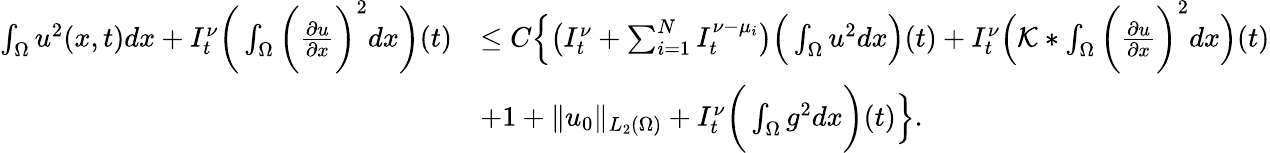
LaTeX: \begin{array}{rl}{\int_{\Omega}u^{2}(x,t)dx+I_{t}^{\nu}\bigg(\int_{\Omega}\bigg(\frac{\partial u}{\partial x}\bigg)^{2}dx\bigg)(t)}&{\leq C\Big\{ \big(I_{t}^{\nu}+\sum_{i=1}^{N}I_{t}^{\nu-\mu_{i}}\big)\Big(\int_{\Omega}u^{2}dx\Big)(t)+I_{t}^{\nu}\Big(\mathcal{K}*\int_{\Omega}\bigg(\frac{\partial u}{\partial x}\bigg)^{2}dx\Big)(t)}\\ &{+1+\| u_{0}\| _{L_{2}(\Omega)}+I_{t}^{\nu}\bigg(\int_{\Omega}g^{2}dx\bigg)(t)\Big\} .}\end{array}